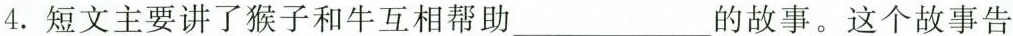
4.短文主要讲了猴子和牛互相帮助___的故事。这个故事告